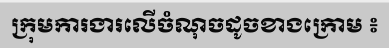
ក្រុមការងារលើចំណុចដូចខាងក្រោម ៖